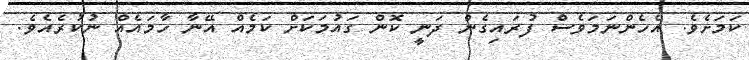
ކަމަށެވެ. އެހެންނަމަވެސް ފުރައިގެން ދަނީ ކޮން ގައުމަކަށް ކަމެއް އޭނާ ހާމައެއް ނުކުރެއެވެ.